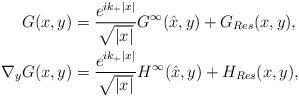
LaTeX: \begin{align*} G(x,y)&= \frac{e^{ik_{+}\vert x \vert}}{\sqrt{\vert x \vert}}G^{\infty}(\hat{x},y) + G_{Res}(x,y),\\\nabla_y G(x,y) &= \frac{e^{ik_{+}\vert x \vert}}{\sqrt{\vert x \vert}}H^{\infty}(\hat x,y ) + H_{Res}(x,y),\end{align*}